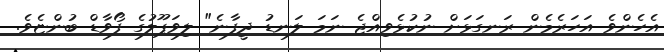
އެހެންވެ އަހަރެމެން ރަނގަޅަށް ނުކުޅެވިއްޖެ ނަމަ ލަނޑު ދީފާނެ" ލިވަޕޫލުގެ ފޯވާޑް ބުންޏެވެ.